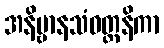
အနိဗ္ဗာနသံဝတ္တနိကာ